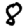
Digit: 8